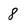
Character: 8